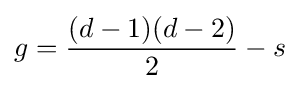
g={\frac {(d-1)(d-2)}{2}}-s